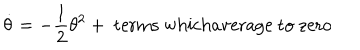
\dot { \theta } = - \frac { 1 } { 2 } \theta ^ { 2 } + \mathrm { ~ t e r m s ~ w h i c h a v e r a g e ~ t o ~ z e r o }